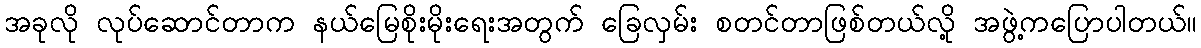
အခုလို လုပ်ဆောင်တာက နယ်မြေစိုးမိုးရေးအတွက် ခြေလှမ်း စတင်တာဖြစ်တယ်လို့ အဖွဲ့ကပြောပါတယ်။